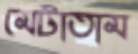
মেটাতাম